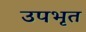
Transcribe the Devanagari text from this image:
उपभृत